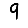
Digit: 9